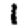
Digit: 1